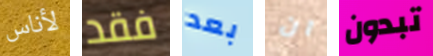
لأناس فقد بعد ان تبدون